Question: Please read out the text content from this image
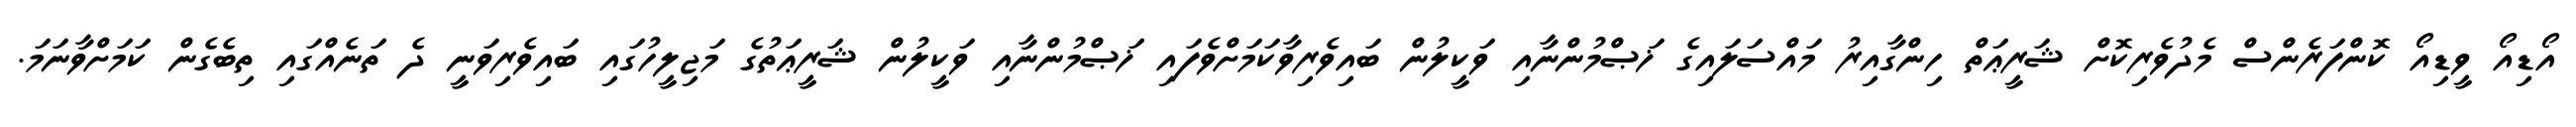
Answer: އޯޑިއޯ ވީޑިއޯ ކޮންފަރެންސް މެދުވެރިކޮށް ޝަރީޢަތް ހިންގާއިރު މައްސަލައިގެ ޚަޞްމުންނާއި ވަކީލުން ބައިވެރިވާކަމަށްވެފައި ޚަޞްމުންނާއި ވަކީލުން ޝަރީޢަތުގެ މަޖިލީހުގައި ބައިވެރިވަނީ ދެ ތަނެއްގައި ތިބެގެން ކަމަށްވާނަމަ.